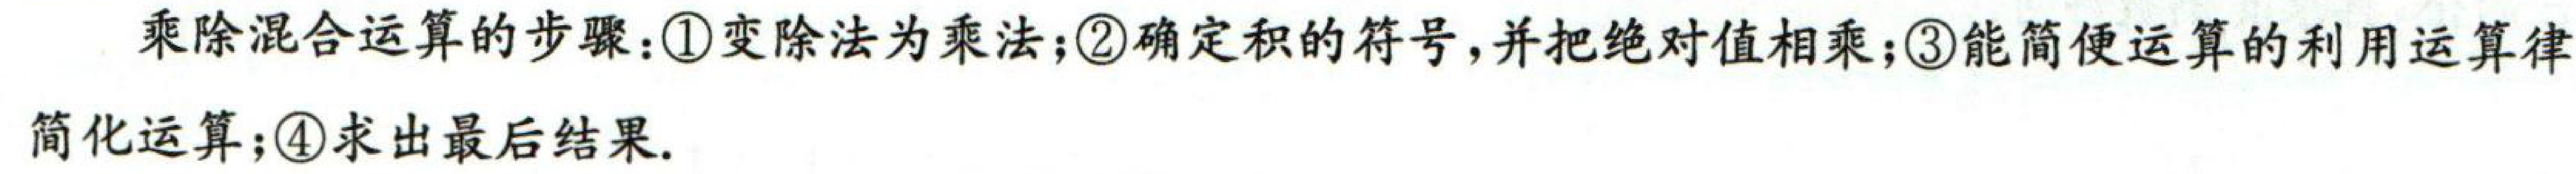
乘除混合运算的步骤：\textcircled{1}变除法为乘法；\textcircled{2}确定积的符号，并把绝对值相乘；\textcircled{3}能简便运算的利用运算律简化运算；\textcircled{4}求出最后结果.